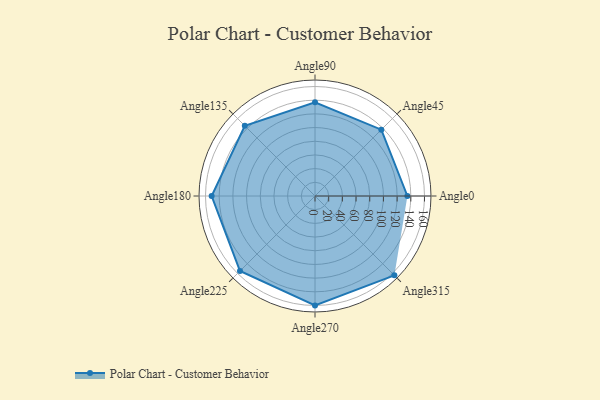
{"axis": {"x": "Angle", "y": "Radius"}, "legend": [""], "data": [{"x": "Angle0", "y": 135.0, "type": ""}, {"x": "Angle45", "y": 137.0, "type": ""}, {"x": "Angle90", "y": 137.0, "type": ""}, {"x": "Angle135", "y": 145.0, "type": ""}, {"x": "Angle180", "y": 151.0, "type": ""}, {"x": "Angle225", "y": 155.0, "type": ""}, {"x": "Angle270", "y": 160.0, "type": ""}, {"x": "Angle315", "y": 164.0, "type": ""}]}